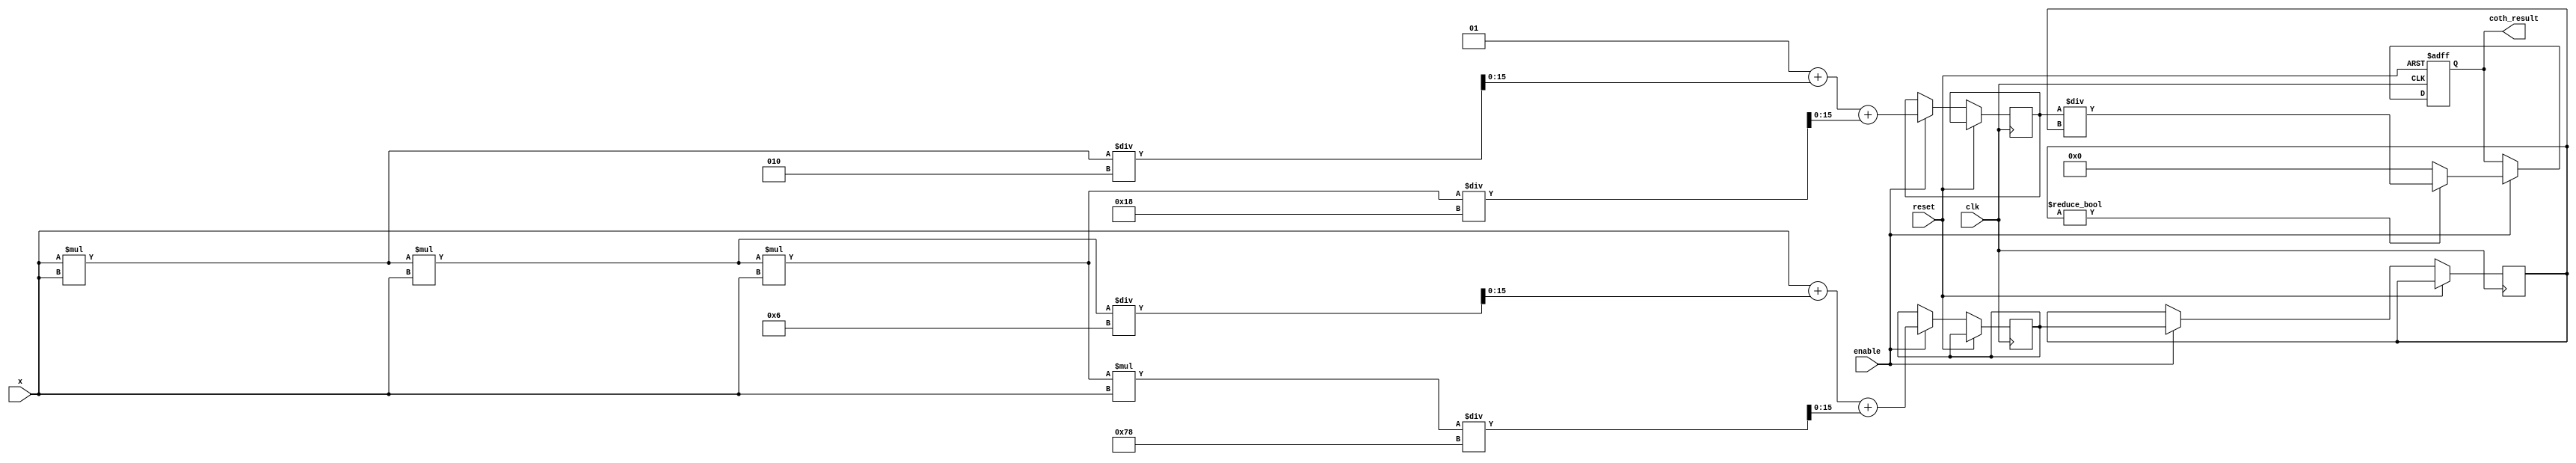
module hyperbolic_cotangent #(
    parameter WIDTH = 16 // Bit width for fixed-point representation
)(
    input  wire clk,
    input  wire reset,
    input  wire enable,
    input  wire signed [WIDTH-1:0] x, // Input value
    output reg signed [WIDTH-1:0] coth_result // Output result
);

    // Internal signals
    reg signed [WIDTH-1:0] sinh_x;
    reg signed [WIDTH-1:0] cosh_x;
    reg signed [WIDTH-1:0] tanh_x;
    reg signed [WIDTH-1:0] denom;

    // Function to calculate sinh(x) using Taylor series
    function signed [WIDTH-1:0] sinh;
        input signed [WIDTH-1:0] x;
        begin
            // Taylor series approximation for sinh(x)
            sinh = x + (x * x * x) / 6 + (x * x * x * x * x) / 120; // Add more terms for better precision
        end
    endfunction

    // Function to calculate cosh(x) using Taylor series
    function signed [WIDTH-1:0] cosh;
        input signed [WIDTH-1:0] x;
        begin
            // Taylor series approximation for cosh(x)
            cosh = 1 + (x * x) / 2 + (x * x * x * x) / 24; // Add more terms for better precision
        end
    endfunction

    always @(posedge clk or posedge reset) begin
        if (reset) begin
            coth_result <= 0;
        end else if (enable) begin
            // Calculate sinh and cosh
            sinh_x <= sinh(x);
            cosh_x <= cosh(x);
            denom <= sinh_x;

            // Handle division by zero (sinh(x) = 0)
            if (denom != 0) begin
                coth_result <= cosh_x / denom; // Compute coth(x) = cosh(x) / sinh(x)
            end else begin
                coth_result <= 0; // Handle undefined behavior (could use saturation logic here)
            end
        end
    end

endmodule